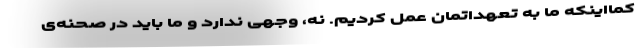
کمااینکه ما به تعهداتمان عمل کردیم. نه، وجهی ندارد و ما باید در صحنه‌ی